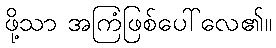
ဖို့သာ အကြံဖြစ်ပေါ်လေ၏။